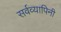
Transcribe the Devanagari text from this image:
सर्वव्यापिनी